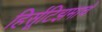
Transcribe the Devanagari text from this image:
हिर्सूटिझमाचे